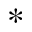
\ast